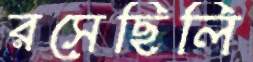
রসেছিলি